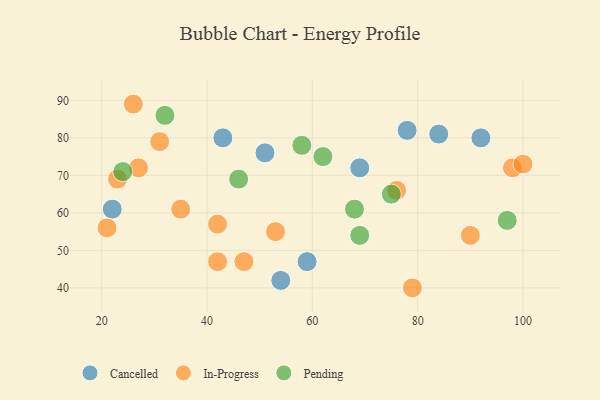
{"axis": {"x": "GDP", "y": "Life Expectancy"}, "legend": ["Cancelled", "In-Progress", "Pending"], "data": [{"x": "22", "y": 61, "type": "Cancelled"}, {"x": "84", "y": 81, "type": "Cancelled"}, {"x": "54", "y": 42, "type": "Cancelled"}, {"x": "69", "y": 72, "type": "Cancelled"}, {"x": "43", "y": 80, "type": "Cancelled"}, {"x": "51", "y": 76, "type": "Cancelled"}, {"x": "92", "y": 80, "type": "Cancelled"}, {"x": "78", "y": 82, "type": "Cancelled"}, {"x": "59", "y": 47, "type": "Cancelled"}, {"x": "31", "y": 79, "type": "In-Progress"}, {"x": "47", "y": 47, "type": "In-Progress"}, {"x": "90", "y": 54, "type": "In-Progress"}, {"x": "76", "y": 66, "type": "In-Progress"}, {"x": "42", "y": 47, "type": "In-Progress"}, {"x": "98", "y": 72, "type": "In-Progress"}, {"x": "79", "y": 40, "type": "In-Progress"}, {"x": "23", "y": 69, "type": "In-Progress"}, {"x": "21", "y": 56, "type": "In-Progress"}, {"x": "26", "y": 89, "type": "In-Progress"}, {"x": "35", "y": 61, "type": "In-Progress"}, {"x": "53", "y": 55, "type": "In-Progress"}, {"x": "27", "y": 72, "type": "In-Progress"}, {"x": "100", "y": 73, "type": "In-Progress"}, {"x": "42", "y": 57, "type": "In-Progress"}, {"x": "58", "y": 78, "type": "Pending"}, {"x": "97", "y": 58, "type": "Pending"}, {"x": "32", "y": 86, "type": "Pending"}, {"x": "46", "y": 69, "type": "Pending"}, {"x": "69", "y": 54, "type": "Pending"}, {"x": "62", "y": 75, "type": "Pending"}, {"x": "75", "y": 65, "type": "Pending"}, {"x": "68", "y": 61, "type": "Pending"}, {"x": "24", "y": 71, "type": "Pending"}]}